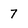
Character: 7